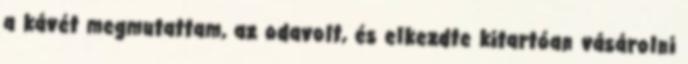
a kávét megmutattam, az odavolt, és elkezdte kitartóan vásárolni